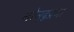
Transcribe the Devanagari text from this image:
नरेन्द्रप्रभा